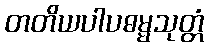
တတိယပါပဓမ္မသုတ္တံ